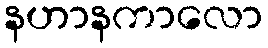
နဟာနကာလော